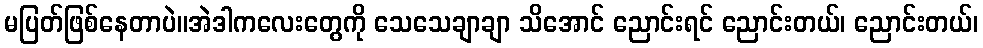
မပြတ်ဖြစ်နေတာပဲ။အဲဒါကလေးတွေကို သေသေချာချာ သိအောင် ညောင်းရင် ညောင်းတယ်၊ ညောင်းတယ်၊